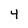
Character: 4